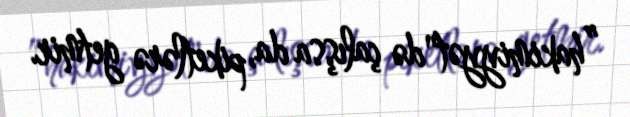
”hakimiyyət"də çalışsa da, piketlərə getmir.